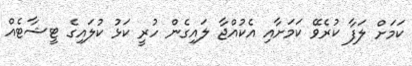
ކަމަށް ލަފާ ކުރެވޭ ކަމަށާއި އެކުއްޖާ ލައިގެން ހުރީ ކަޅު ކުލައިގެ ޓީޝާޓެއް